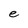
Character: e